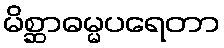
မိစ္ဆာဓမ္မပရေတာ